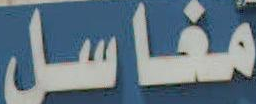
مغاسل